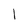
Character: l